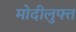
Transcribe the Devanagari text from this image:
मोदीलुफ्त